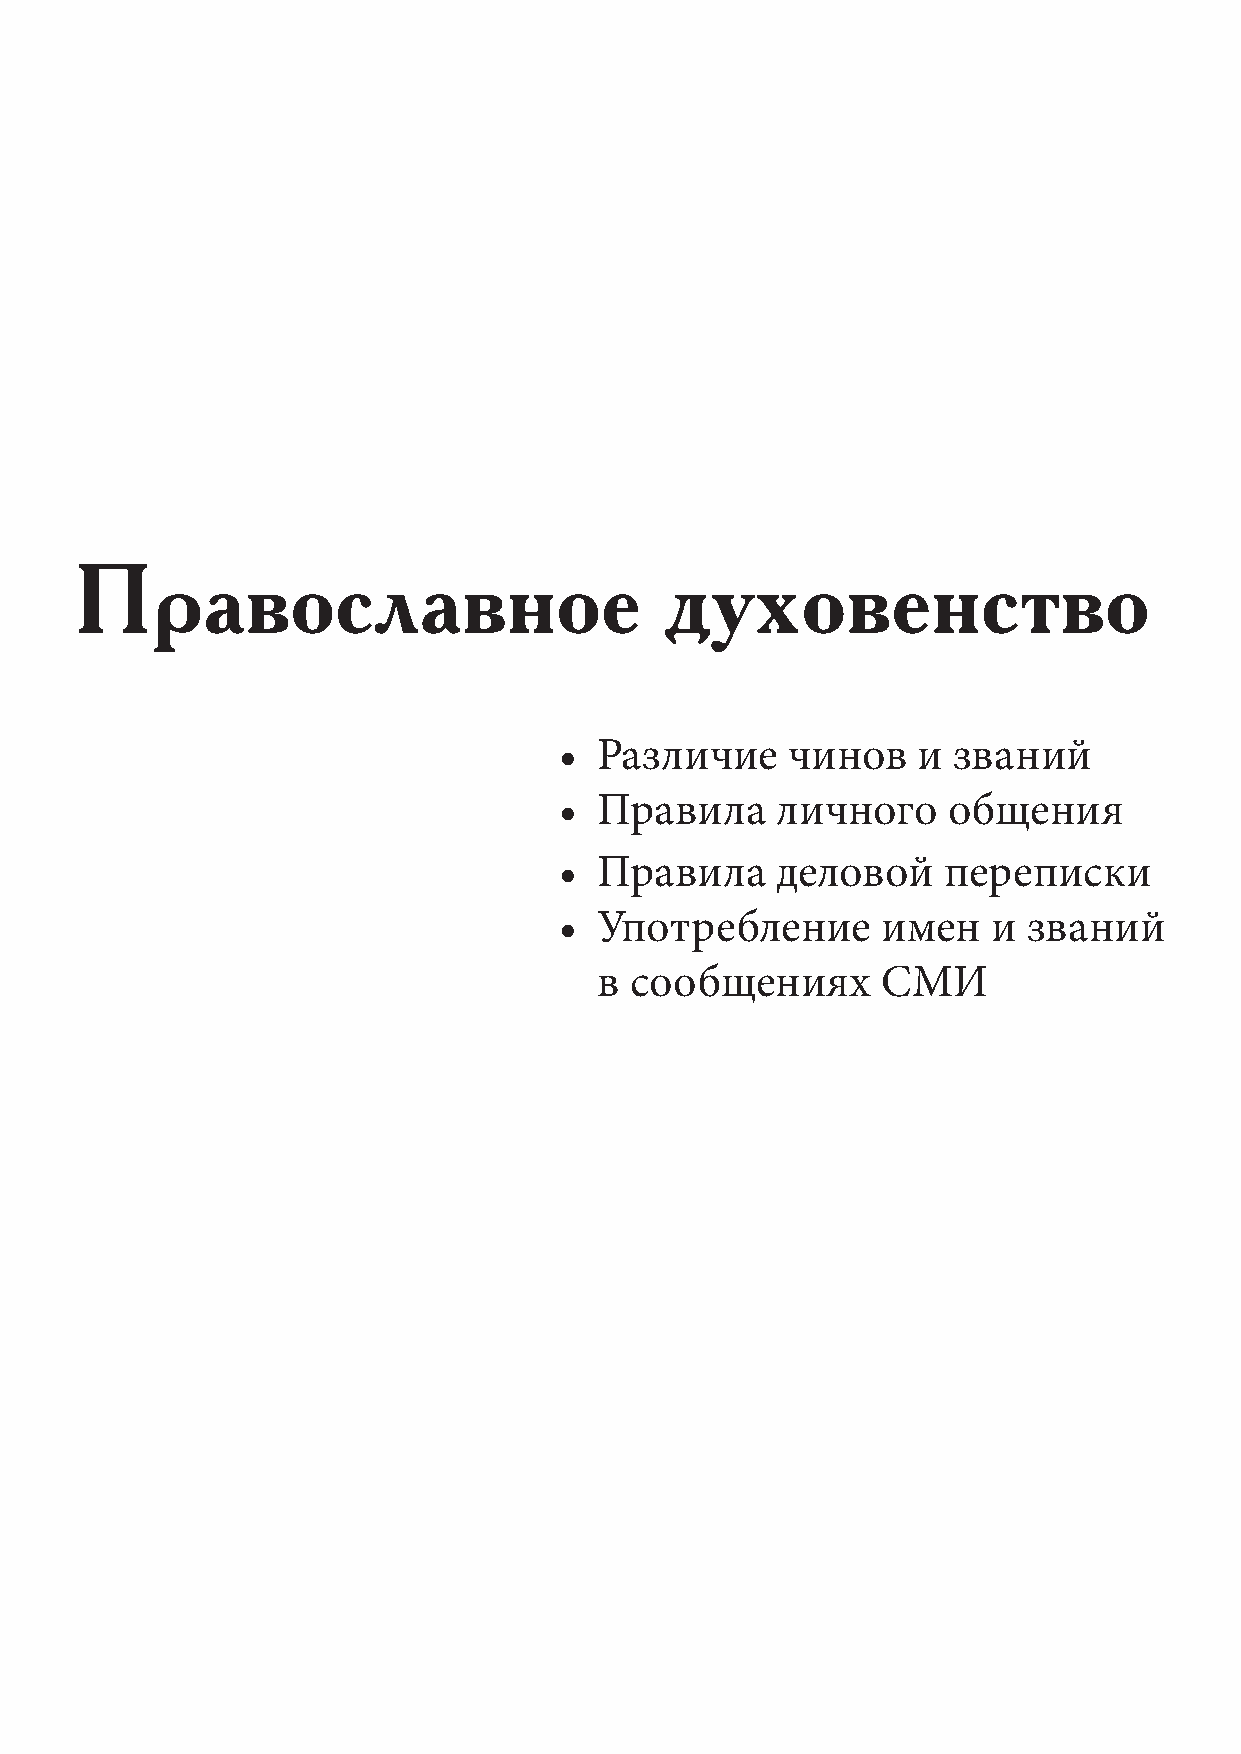
Православное                           духовенство
 • Различие     чинов    и званий
 • Правила     личного     общения
 • Правила     деловой    переписки
 • Употребление       имен    и званий
 в  сообщениях      СМИ